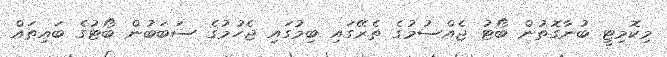
މިކޮމިޓީ ބުނާގޮތުން ބޯޓު ޖެއްސުމުގެ ތެރޭގައި ބިމުގައި ޖެހުމުގެ ސަބަބުން ބޯޓުގެ ބައިތައް